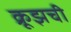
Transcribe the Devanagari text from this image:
क्रूझची